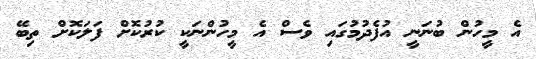
އެ މީހުން ބުނަނީ އުފެދުމުގައި ވެސް އެ މީހުންނަކީ ކުރުކޮށް ފަލަކޮށް ތިބޭ